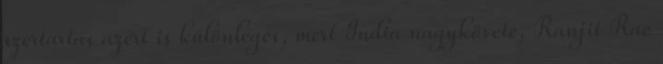
szertartás azért is különleges, mert India nagykövete, Ranjit Rae